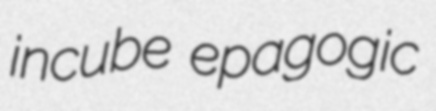
incube epagogic